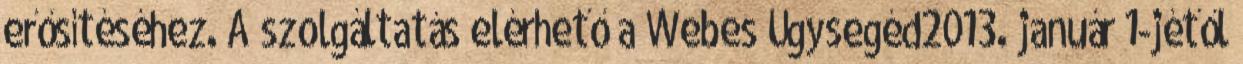
erősítéséhez. A szolgáltatás elérhető a Webes Ügysegéd2013. január 1-jétől